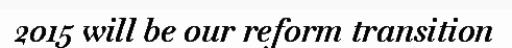
2015 will be our reform transition